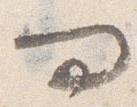
問